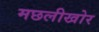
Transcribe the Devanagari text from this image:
मछलीखोर